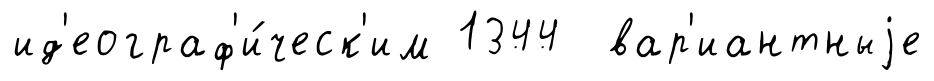
ид'еограф'и́ческ'им 1344 вар'иантныjе